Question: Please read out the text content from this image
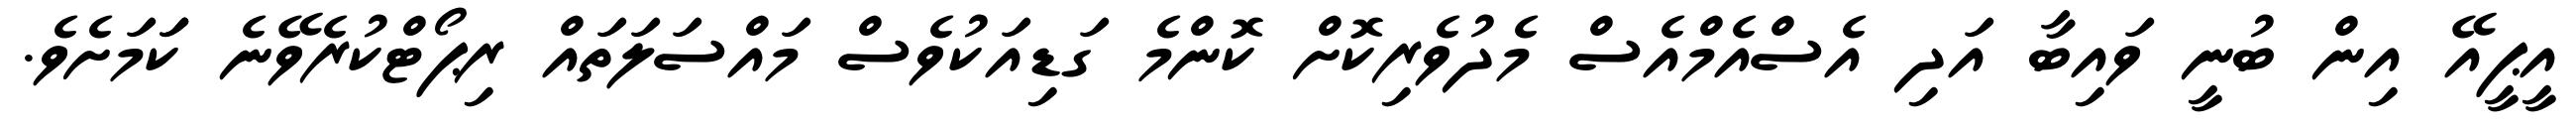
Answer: އީޕީއޭ އިން ބުނީ ވައިބާ އަދި އެސްއެމްއެސް މެދުވެރިކޮށް ކޮންމެ ގަޑިއަކުވެސް މައްސަލަތައް ރިޕޯޓްކުރެވޭނެ ކަަމަށެވެ.